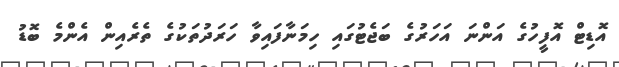
އޮޑިޓް އޮފީހުގެ އަންނަ އަހަރުގެ ބަޖެޓުގައި ހިމަނާފައިވާ ހަރަދުތަކުގެ ތެރެއިން އެންމެ ބޮޑު